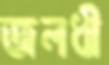
জলধী